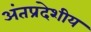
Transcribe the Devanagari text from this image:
अंतप्रदेशीय